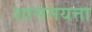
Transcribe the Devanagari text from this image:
शासनयत्ता